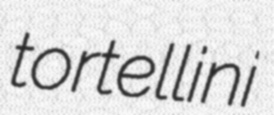
tortellini